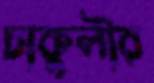
চাকুলীর